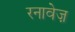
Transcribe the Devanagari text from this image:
रनावेज़